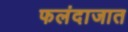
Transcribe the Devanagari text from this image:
फलंदाजात